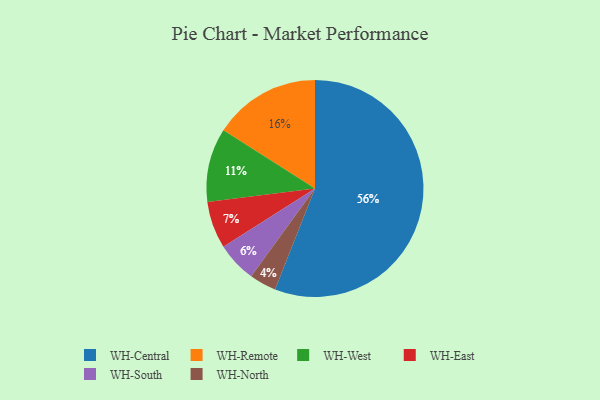
{"axis": {"x": "Category", "y": "Percentage"}, "legend": ["WH-Central", "WH-East", "WH-North", "WH-Remote", "WH-South", "WH-West"], "data": [{"x": "WH-East", "y": 7, "type": "WH-East"}, {"x": "WH-West", "y": 11, "type": "WH-West"}, {"x": "WH-North", "y": 4, "type": "WH-North"}, {"x": "WH-Central", "y": 56, "type": "WH-Central"}, {"x": "WH-South", "y": 6, "type": "WH-South"}, {"x": "WH-Remote", "y": 16, "type": "WH-Remote"}]}